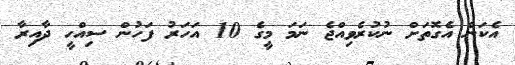
އެކަން އެގޮތަށް ނުކުރެވިއްޖެ ނަމަ މީގެ 10 އަހަރު ފަހުން ސިއްހީ ދާއިރާ